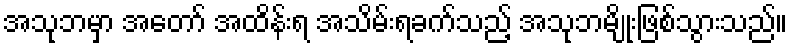
အသုဘမှာ အတော် အထိန်းရ အသိမ်းရခက်သည့် အသုဘမျိုးဖြစ်သွားသည်။